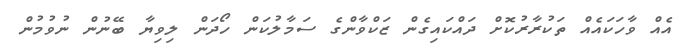
އެއް ވާހަކައެއް ތަކުރާރުކޮށް ދައްކައިގެން ޒަކްވާންގެ ސަމާލުކަން ހޯދަން ލިވިޔާ ބޭނުން ނުވުމުން